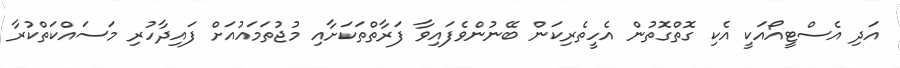
އަދި އެސްޓީއޯއަކީ އެކި ގޮތްގޮތުން އެހީތެރިކަން ބޭނުންވެފައިވާ ފަރާތްތަކަށާއި މުޖުތަމައުއަށް ފައިދާހުރި މަސައްކަތްކުރާ